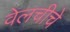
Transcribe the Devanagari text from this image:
वेलचीचे